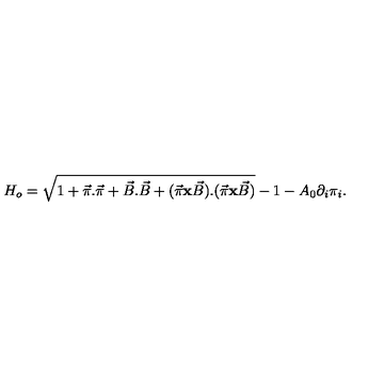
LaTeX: H _ { o } = \sqrt { 1 + \vec { \pi } . \vec { \pi } + \vec { B } . \vec { B } + ( \vec { \pi } { \bf x } \vec { B } ) . ( \vec { \pi } { \bf x } \vec { B } ) } - 1 - A _ { 0 } \partial _ { i } \pi _ { i } .